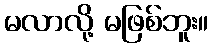
မလာလို့ မဖြစ်ဘူး။